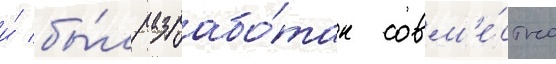
и́ бы́л разрабо́тан совм'е́стно